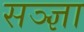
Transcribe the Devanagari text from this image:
सञ्ज्ञा